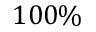
1 0 0 \%